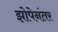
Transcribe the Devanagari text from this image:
झोपेनंतर